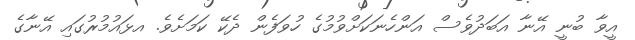
އީވާ ބުނީ އޭނާ އަބަދުވެސް އަންހެނަކަށްވުމުގެ ހުވަފެން ދެކޭ ކަމަށެވެ. އޅައުމުރުގައި އޭނާގެ